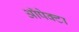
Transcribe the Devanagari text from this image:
ऑपेक्टा